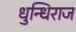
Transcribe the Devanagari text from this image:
धुन्धिराज